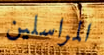
المراسلين